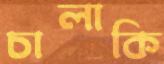
চালাকি